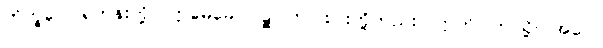
ဘိက္ခဝေ၊ ရဟန်းတို့။ ဣမေခေါ ပဉ္စ၊ ဤငါးပါးတို့တည်း။ ဣတိ၊ ဤသို့။ အဝေါ၊